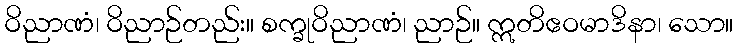
ဝိညာဏံ၊ ဝိညာဉ်တည်း။ စက္ခုဝိညာဏံ၊ ညာဉ်။ ဣတိဧဝမာဒိနာ၊ သော။